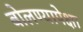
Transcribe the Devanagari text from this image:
बोलण्यापेक्षा